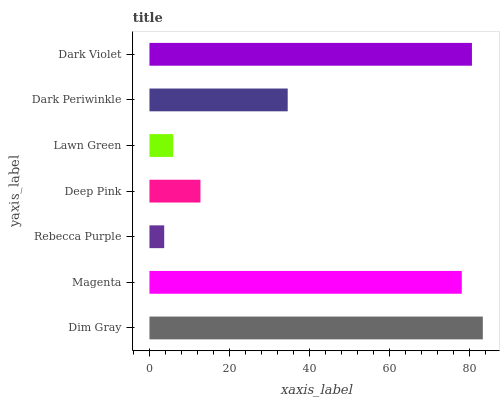
| yaxis_label | bars |
 | --- | --- |
 | Dim Gray | 83.2 |
 | Magenta | 78 |
 | Rebecca Purple | 3.68 |
 | Deep Pink | 12.7 |
 | Lawn Green | 5.93 |
 | Dark Periwinkle | 34.5 |
 | Dark Violet | 80.5 |